Note on the mental hospitals in Burma - 1925-1940
Year: 1925
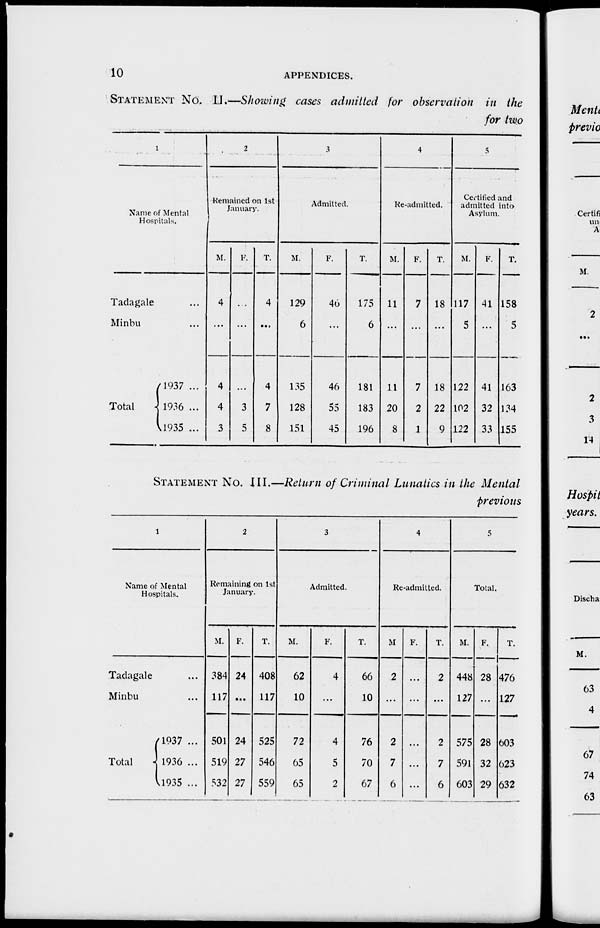
10
APPENDICES.
STATEMENT No. II.—Showing cases admitted for observation in the
for two
1
Name of Mental
Hospitals.
Tadagale ...
Minbu ...
Total
1937 ...
1936 ...
1935 ...
2
Remained on 1st
January.
M.
4
...
4
4
3
F.
...
...
...
3
5
T.
4
...
4
7
8
3
Admitted.
M.
129
6
135
128
151
F.
46
...
46
55
45
T.
175
6
181
183
196
4
Re-admitted.
M.
11
...
11
20
8
F.
7
...
7
2
1
T.
18
...
18
22
9
5
Certified and
admitted into
Asylum.
M.
117
5
122
102
122
F.
41
...
41
32
33
T.
158
5
163
134
155
STATEMENT No. III.—Return of Criminal Lunatics in the Mental
previous
1
Name of Mental
Hospitals.
Tadagale ...
Minbu ...
Total
1937 ...
1936 ...
1935 ...
2
Remaining on 1st
January.
M.
384
117
501
519
532
F.
24
...
24
27
27
T.
408
117
525
546
559
3
Admitted.
M.
62
10
72
65
65
F.
4
...
4
5
2
T.
66
10
76
70
67
4
Re-admitted.
M
2
...
2
7
6
F.
...
...
...
...
...
T.
2
...
2
7
6
5
Total.
M.
448
127
575
591
603
F.
28
...
28
32
29
T.
476
127
603
623
632